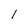
Character: l